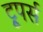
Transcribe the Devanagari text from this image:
ट्रूपर्स